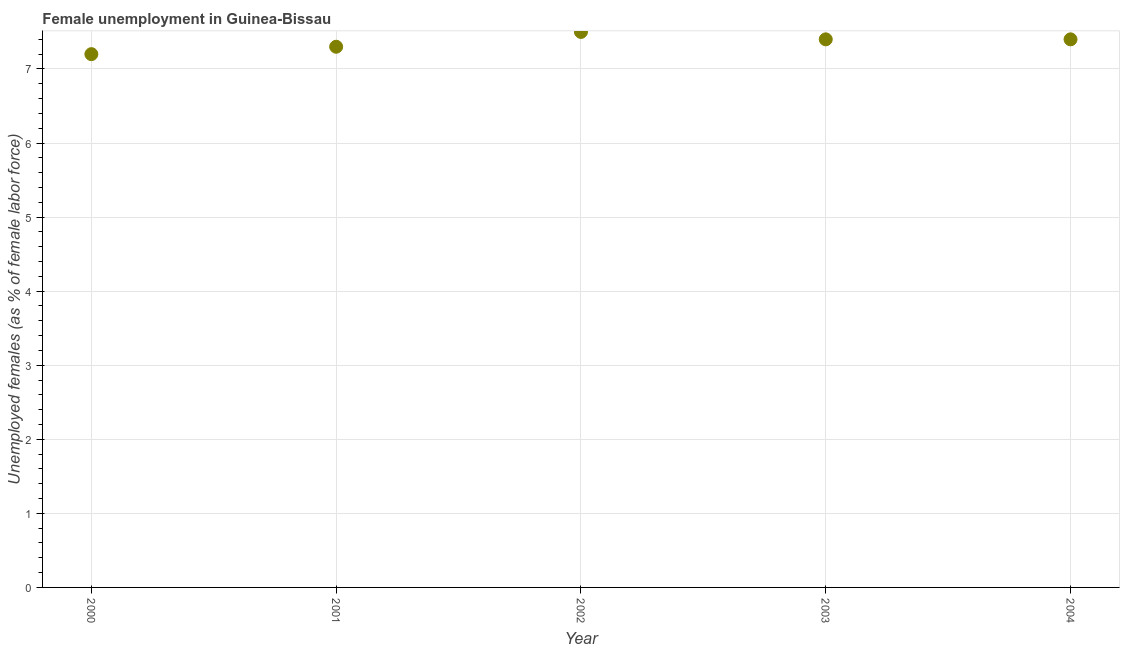
| Year | Unemployment |
 | --- | --- |
 | 2000 | 7.2 |
 | 2001 | 7.3 |
 | 2002 | 7.5 |
 | 2003 | 7.4 |
 | 2004 | 7.4 |